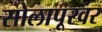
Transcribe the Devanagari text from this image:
सोलापूरवर